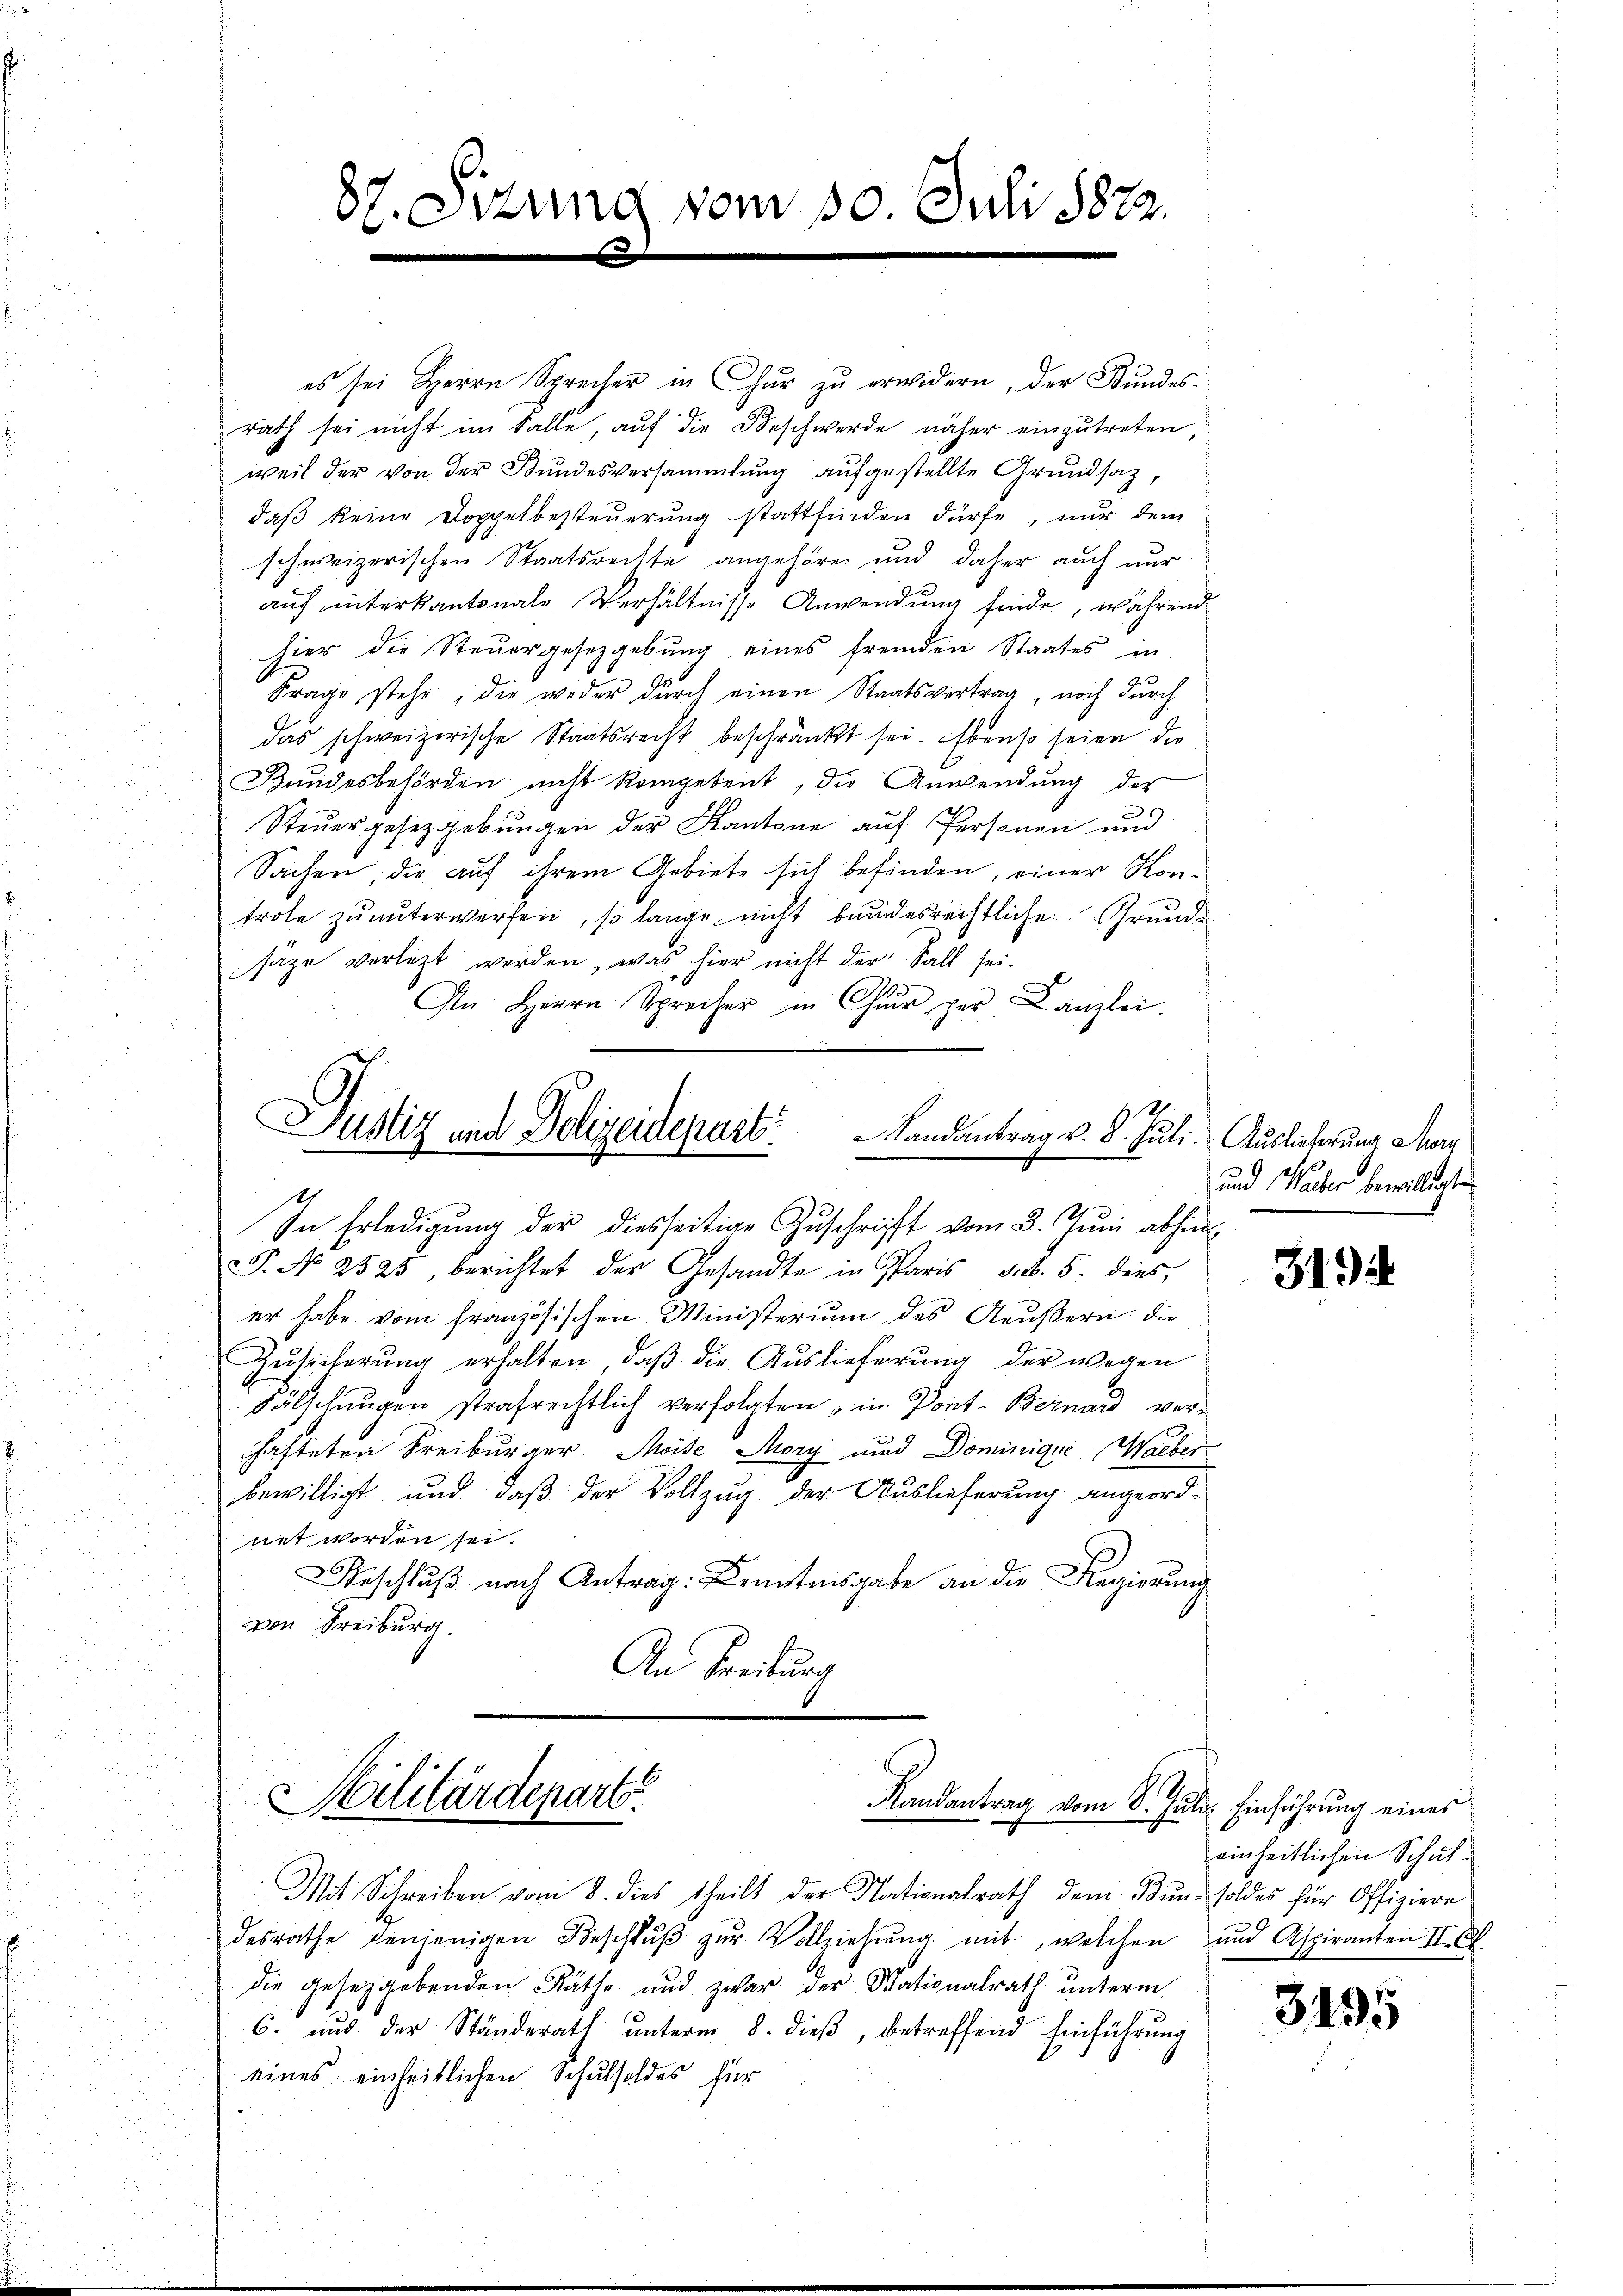
87. Sizung vom 30. Juli 1822.
.

es sei Herrn Sprecher in Chur zu erwidern, der Bundesrath sei nicht im Falle, auf die Beschwerde näher einzŭtreten,
weil der von der Bundesversammlung aufgestellte Grundsatz,
daβ keine Doppelbesteŭerŭng stattfinden dürfe, nur dem
schweizerischen Staatsrechte angehören und daher auch nur
auf interkantonale Verhältnisse Anwendung finde, während
hier die Steuergesetzgebung eines fremden Staates in
Frage stehe, die weder durch einen Staatsvertrag, noch durch
das schweizerische Staatsrecht beschränkt sei. Ebenso seien die
Bundesbehörden nicht kompetent, die Anwendung des
Steuergesetzgebungen der Kantone auf Personen und
Sachen, die auf ihrem Gebiete sich befinden, einer Kontrole zu unterwerfen, so lange nicht bundesrechtliche Grundsäze verletzt werden, was hier nicht der Fall sei.
An Herrn Sprecher in Chur per Kanzlei.

Justiz und Polizeidepart
Landantrag v. 8. Juli. Auslieferung Mori
I
In Erledigung der diesseitige Zuschrift vom 3. Juni abhin

Silitärdeparte
Randantrag vom 8. Juli. Einführung eines

Mit Schreiben vom 8. dies theilt der Nationalrath dem Bun-soldes für Offiziere
desrathe denjenigen Beschlŭβ zŭr Vollziehung mit, welchen und Aspiranten II. Ct.
die gesetzgebenden Räthe und zwar der Stationalrath unterm
6. und der Ständerath unterm 8. dieß, betreffend Einführung
eines einheitlichen Schulsoldes für

S. No 2525, berichtet der Gesandte in Paris sub. 5. dies,
er habe vom französischen Ministerium des Aeußern, die
Zusicherung erhalten, daß die Auslieferung der wegen
Fälschungen strafrechtlich verfolgten in Pont-Bernard ver-
hafteten Freiburger Moise Mony und Dominigue Waeber
bewilligt, und daß der Vollzug der Auslieferung angeordnet worden sei.
Beschluß nach Antrag: Kenntnisgabe an die Regierung
von Freiburg.
An Freiburg

und Haber bewilligte

3194.

einheitlichen Schul¬

3495